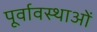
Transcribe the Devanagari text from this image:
पूर्वावस्थाओं